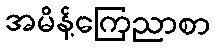
အမိန့်ကြေညာစာ